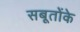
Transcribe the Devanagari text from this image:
सबूतोंके